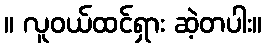
။ လူဝယ်ထင်ရှား ဆဲ့တပါး။